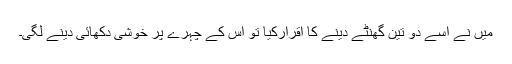
میں نے اسے دو تین گھنٹے دینے کا اقرارکیا تو اس کے چہرے پر خوشی دکھائی دینے لگی۔